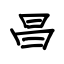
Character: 昌